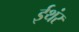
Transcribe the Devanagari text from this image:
ईथंर